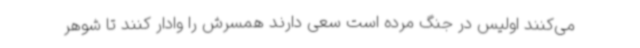
می‌کنند اولیس در جنگ مرده است سعی دارند همسرش را وادار کنند تا شوهر